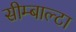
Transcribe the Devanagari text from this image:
सीम्बाल्टा